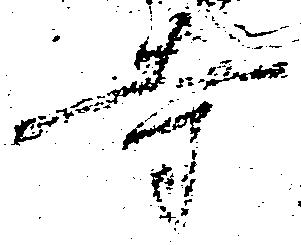
寺